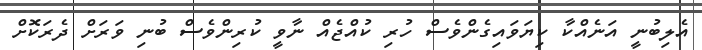
އެލިބުނީ އަނެއްކާ ކިޔަވައިގެންވެސް ހުރި ކުއްޖެއް ނާވީ ކުރިންވެސް ބުނި ވަރަށް ދެރަކޮށް